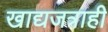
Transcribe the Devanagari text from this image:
खाद्यजत्राही